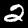
Label: 2